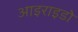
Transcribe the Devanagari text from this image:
आइराइडो